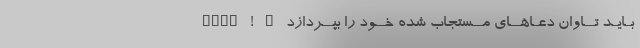
بـایـد تــاوان دعـاهــای مــستجاب شده خــود را بپــردازد … ! ____